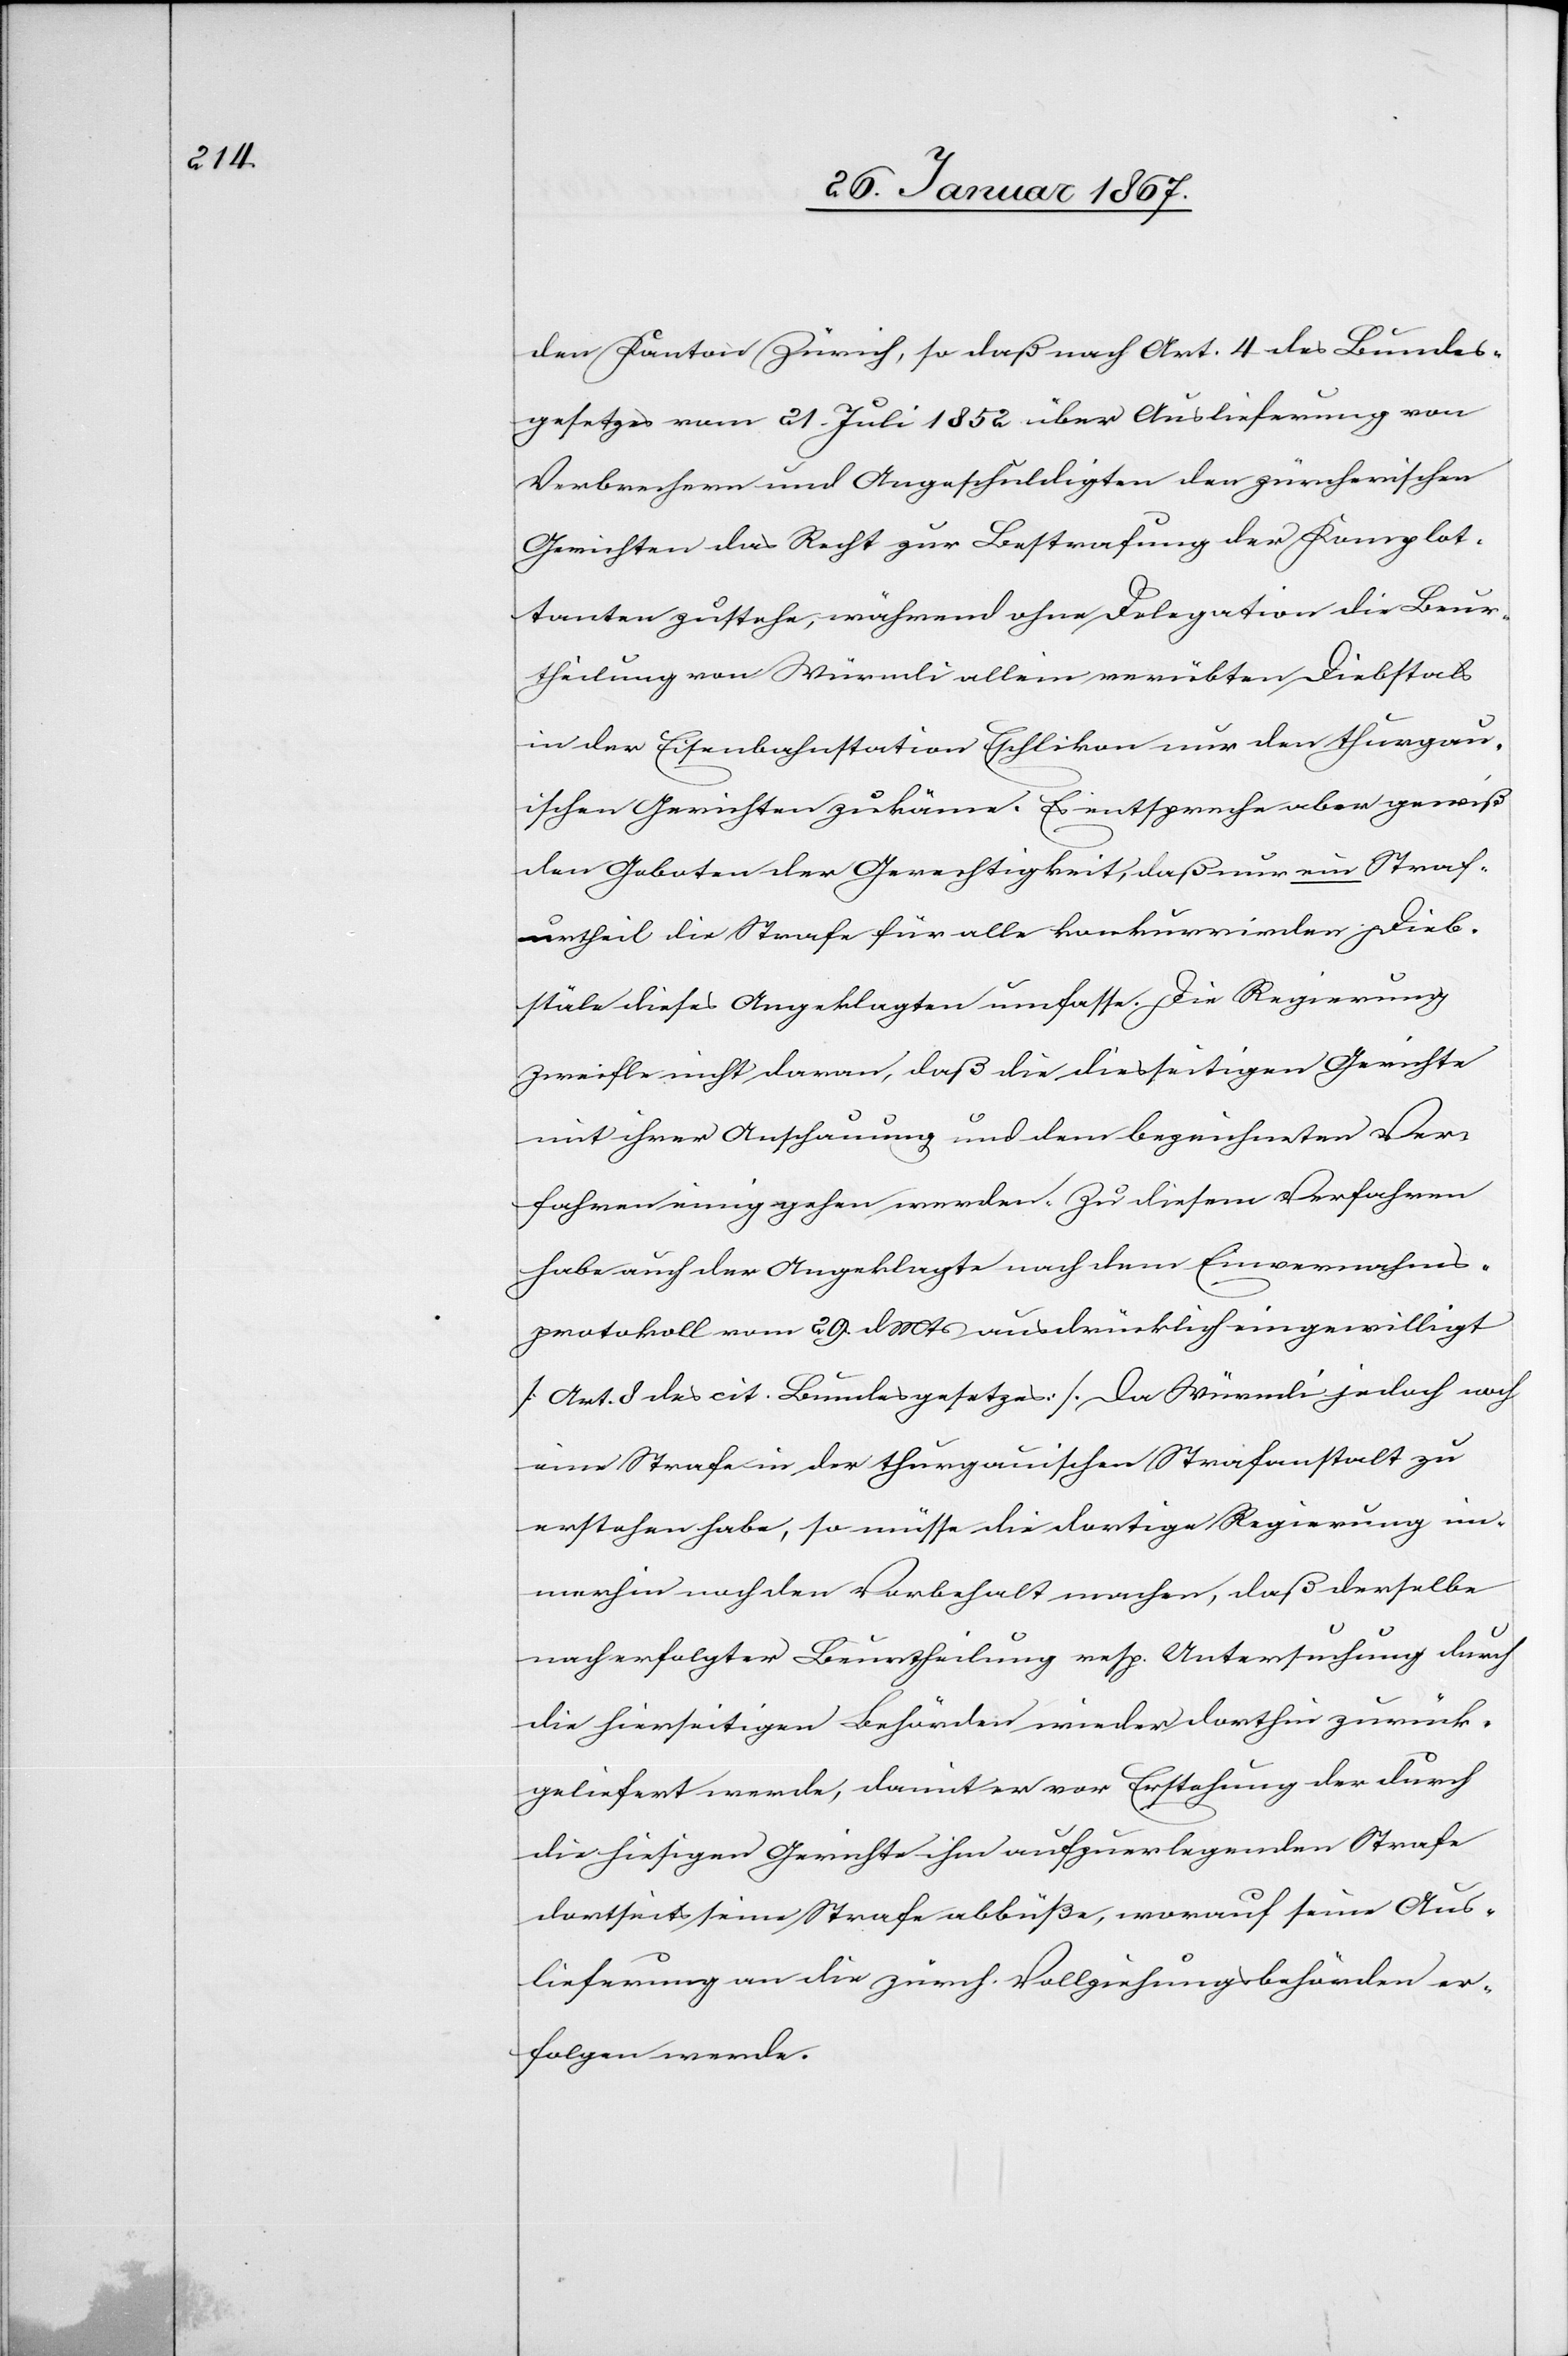
den Kanton Zürich, so daß nach Art. 4 des Bundes¬
gesetzes vom 21. Juli 1852 über Auslieferung von
Verbrechern und Angeschuldigten den zürcherischen
Gerichten das Recht zur Bestrafung der Komplot¬
tanten zustehe, während ohne Delegation die Beur¬
theilung [des] von Würmli allein verübten Diebstals
in der Eisenbahnstation Eschlikon nur den thurgau¬
ischen Gerichten zukäme. Es entspreche aber gewiß
den Geboten der Gerechtigkeit, daß nur ein Straf¬
urtheil die Strafe für alle konkurrirenden Dieb¬
stäle dieses Angeklagten umfasse. Die Regierung
zweifle nicht daran, daß die diesseitigen Gerichte
mit ihrer Anschauung und dem bezeichneten Ver¬
fahren einig gehen werden. Zu diesem Verfahren
habe auch der Angeklagte nach dem Einvernahms¬
protokoll vom 29. d. Mts ausdrücklich eingewilligt
[Art. 8 des cit. Bundesgesetzes]. Da Würmli jedoch noch
eine Strafe in der thurgauischen Strafanstalt zu
erstehen habe, so müsse die dortige Regierung im¬
merhin noch den Vorbehalt machen, daß derselbe
nach erfolgter Beurtheilung resp. Untersuchung durch
die hierseitigen Behörden wieder dorthin zurück¬
geliefert werde, damit er vor Erstehung der durch
die hiesigen Gerichte ihm aufzuerlegenden Strafe
dortseits seine Strafe abbüße, worauf seine Aus¬
lieferung an die zürch. Vollziehungsbehörden er¬
folgen werde.